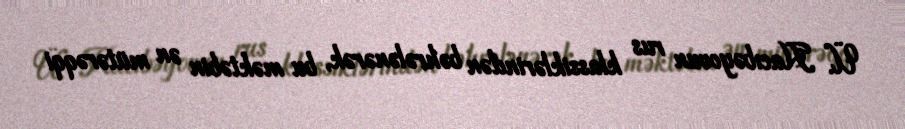
Ü. Hacıbəyovun rus klassiklərindən bəhrələnərək, bu məktəbin ən mütərəqqi